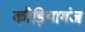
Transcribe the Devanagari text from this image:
कौड़ियागंज